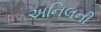
અનિલની